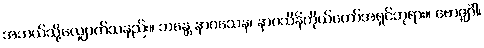
အဘယ်သို့လျှောက်သနည်း။ ဘန္တေ နာဂသေန၊ နာဂသိန်ကိုယ်တော်အရှင်ဘုရား။ ဗောဇ္ဈင်္ဂါ၊